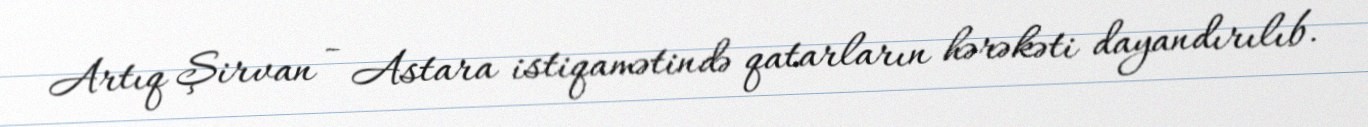
Artıq Şirvan - Astara istiqamətində qatarların hərəkəti dayandırılıb.